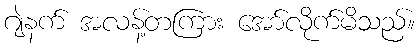
ဂျဲနက် အလန့်တကြား အော်လိုက်မိသည်။